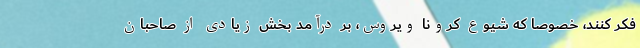
فکر کنند، خصوصا که شیوع کرونا ویروس، بر درآمد بخش زیادی از صاحبان